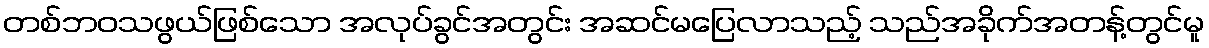
တစ်ဘဝသဖွယ်ဖြစ်သော အလုပ်ခွင်အတွင်း အဆင်မပြေလာသည့် သည်အခိုက်အတန့်တွင်မူ